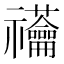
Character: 𰨙